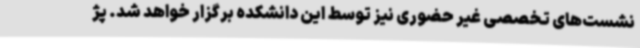
نشست‌های تخصصی غیر حضوری نیز توسط این دانشکده برگزار خواهد شد. پژ